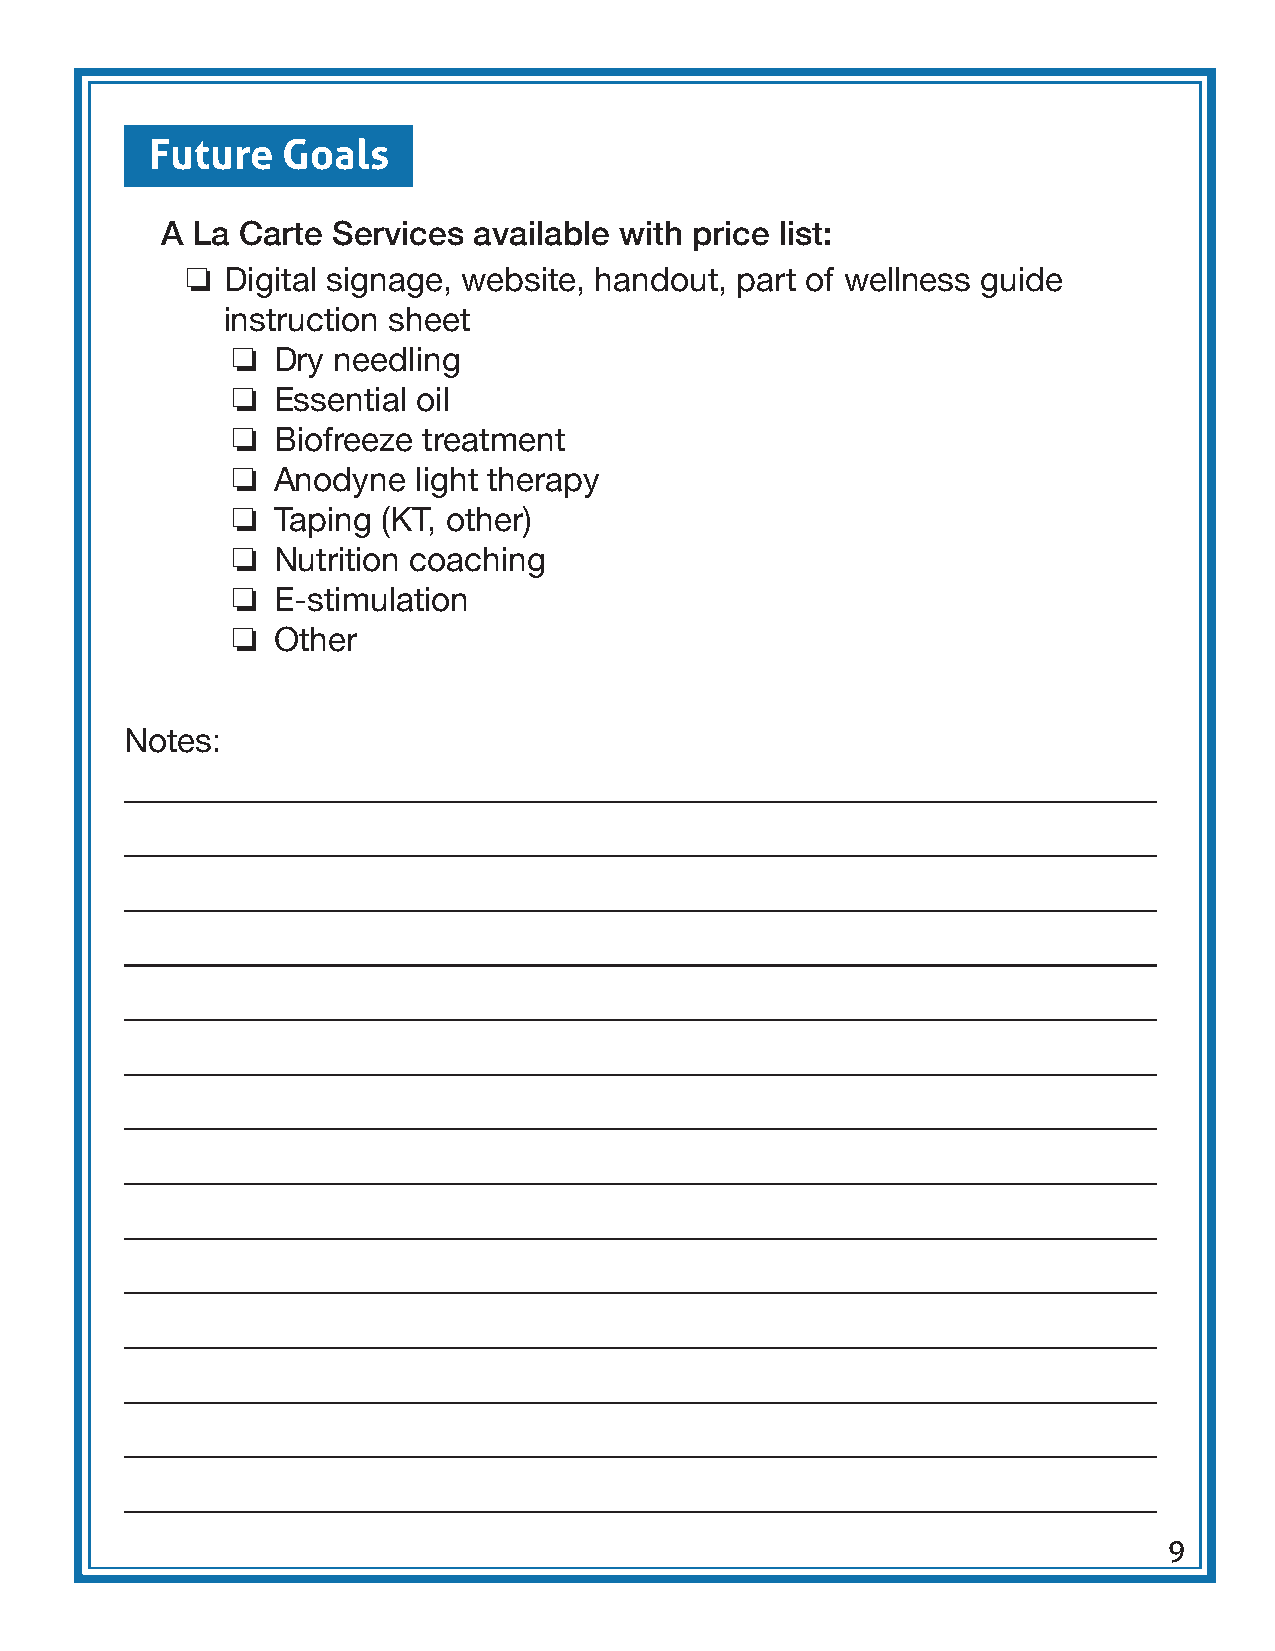
Future   Goals
 A La Carte Services available with price list:
 ❏
 Digital signage, website, handout, part of wellness guide
 instruction sheet
 ❏
 Dry needling
 ❏
 Essential oil
 ❏
 Biofreeze treatment
 ❏
 Anodyne  light therapy
 ❏
 Taping (KT, other)
 ❏
 Nutrition coaching
 ❏
 E-stimulation
 ❏
 Other
 Notes:
 9